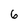
Character: 6